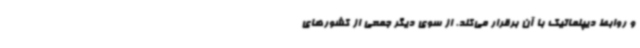
و روابط دیپلماتیک با آن برقرار می‌کند. از سوی دیگر جمعی از کشورهای